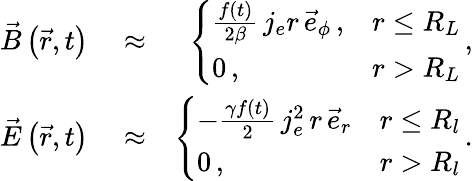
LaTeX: \begin{array}{rlr}{\vec{B}\left(\vec{r},t\right)}&{{}\approx}&{\left\{ \begin{array}{ll}{\frac{f(t)}{2\beta}\, j_{e}r\, \vec{e}_{\phi}\, ,}&{r\le R_{L}}\\ {0\, ,}&{r>R_{L}}\end{array}\right.\, ,}\\ {\vec{E}\left(\vec{r},t\right)}&{{}\approx}&{\left\{ \begin{array}{ll}{-\frac{\gamma f(t)}{2}\, j_{e}^{2}\, r\, \vec{e}_{r}}&{r\le R_{l}}\\ {0\, ,}&{r>R_{l}}\end{array}\right.\, .}\end{array}